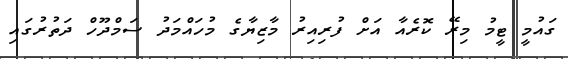
ގައުމީ ޓީމު މިރޭ ކޮރެއާ އަށް ފުރިއިރު މާޒިޔާގެ މުހައްމަދު ސަމްދޫހް ދަތުރުގައި